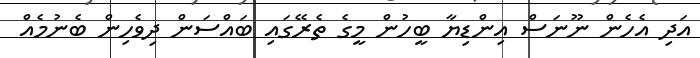
އަދި އެހެން ނޫނަސް އިންޑިޔާ ބީހުން މީގެ ތެރޭގައި ބައްސަން ދިވެހިން ބެނުމެއް